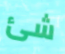
شئ